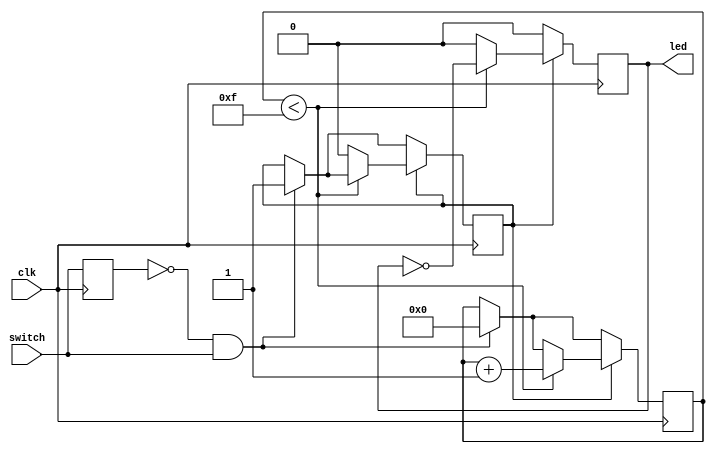
// 
module led_flasher (
    input wire clk,       		// 10Hz
    input wire switch,    		// 
    output reg led        		// LED
);
    reg [3:0] second_count;  // 
    reg blinking;            // 
	reg switch_prev;         // 

    always @(posedge clk) begin
		switch_prev <= switch;
	
        if (!switch_prev && switch) begin
        // 
			blinking <= 1;
			second_count <= 0;
			led <= 0;
		end
		
		if (blinking) begin
		    if (second_count < 15) begin
		    // LED
				second_count <= second_count + 1;
				led <= ~led;
			end else begin
			// 
			    blinking <= 0;
			    led <= 0;
			end
			
		end else begin
		// LED
		    led <= 0;
		end
    end
endmodule